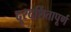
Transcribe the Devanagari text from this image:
दूरदर्शितापूर्ण